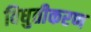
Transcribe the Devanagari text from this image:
विधुतीकरण